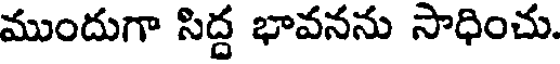
ముందుగా సిద్ద భావనను సాధించు.